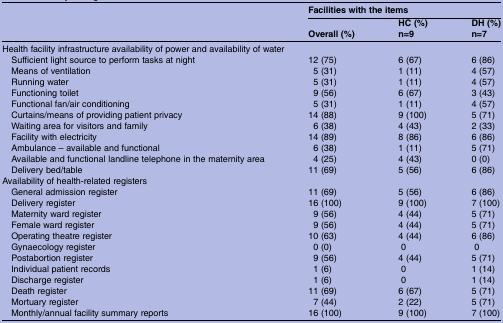
<table><thead><tr><td></td><td colspan="3"><b>Facilities with the items</b></td></tr><tr><td></td><td><b>Overall (%)</b></td><td><b>HC (%)n=9</b></td><td><b>DH (%)n=7</b></td></tr></thead><tbody><tr><td colspan="4">Health facility infrastructure availability of power and availability of water</td></tr><tr><td> Sufficient light source to perform tasks at night</td><td>12 (75)</td><td>6 (67)</td><td>6 (86)</td></tr><tr><td> Means of ventilation</td><td>5 (31)</td><td>1 (11)</td><td>4 (57)</td></tr><tr><td> Running water</td><td>5 (31)</td><td>1 (11)</td><td>4 (57)</td></tr><tr><td> Functioning toilet</td><td>9 (56)</td><td>6 (67)</td><td>3 (43)</td></tr><tr><td> Functional fan/air conditioning</td><td>5 (31)</td><td>1 (11)</td><td>4 (57)</td></tr><tr><td> Curtains/means of providing patient privacy</td><td>14 (88)</td><td>9 (100)</td><td>5 (71)</td></tr><tr><td> Waiting area for visitors and family</td><td>6 (38)</td><td>4 (43)</td><td>2 (33)</td></tr><tr><td> Facility with electricity</td><td>14 (89)</td><td>8 (86)</td><td>6 (86)</td></tr><tr><td> Ambulance – available and functional</td><td>6 (38)</td><td>1 (11)</td><td>5 (71)</td></tr><tr><td> Available and functional landline telephone in the maternity area</td><td>4 (25)</td><td>4 (43)</td><td>0 (0)</td></tr><tr><td> Delivery bed/table</td><td>11 (69)</td><td>5 (56)</td><td>6 (86)</td></tr><tr><td colspan="4">Availability of health-related registers</td></tr><tr><td> General admission register</td><td>11 (69)</td><td>5 (56)</td><td>6 (86)</td></tr><tr><td> Delivery register</td><td>16 (100)</td><td>9 (100)</td><td>7 (100)</td></tr><tr><td> Maternity ward register</td><td>9 (56)</td><td>4 (44)</td><td>5 (71)</td></tr><tr><td> Female ward register</td><td>9 (56)</td><td>4 (44)</td><td>5 (71)</td></tr><tr><td> Operating theatre register</td><td>10 (63)</td><td>4 (44)</td><td>6 (86)</td></tr><tr><td> Gynaecology register</td><td>0 (0)</td><td>0</td><td>0</td></tr><tr><td> Postabortion register</td><td>9 (56)</td><td>4 (44)</td><td>5 (71)</td></tr><tr><td> Individual patient records</td><td>1 (6)</td><td>0</td><td>1 (14)</td></tr><tr><td> Discharge register</td><td>1 (6)</td><td>0</td><td>1 (14)</td></tr><tr><td> Death register</td><td>11 (69)</td><td>6 (67)</td><td>5 (71)</td></tr><tr><td> Mortuary register</td><td>7 (44)</td><td>2 (22)</td><td>5 (71)</td></tr><tr><td> Monthly/annual facility summary reports</td><td>16 (100)</td><td>9 (100)</td><td>7 (100)</td></tr></tbody></table>